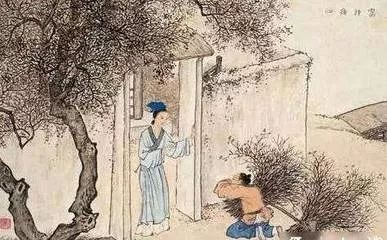
粗缯大布裹生涯，腹有诗书气自华。